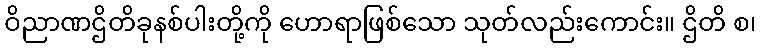
ဝိညာဏဌိတိခုနစ်ပါးတို့ကို ဟောရာဖြစ်သော သုတ်လည်းကောင်း။ ဌိတိ စ၊